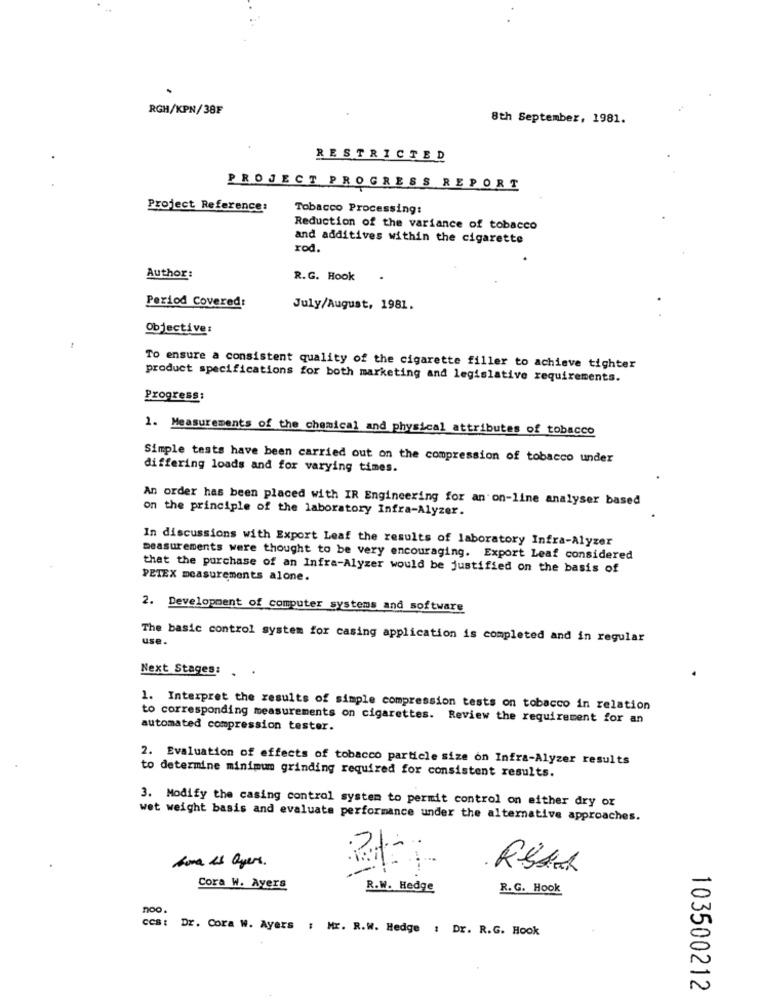
RGH/KPN/38F
8th September, 1981.
RESTRICTED
PROJECT PROGRESS REPORT
Project Reference:
Tobacco Processing:
Reduction of the variance of tobacco
and additives within the cigarette
rod.
Author:
R.G. Hook .
Period Covered:
July/August, 1981.
Objective:
To ensure a consistent quality of the cigarette filler to achieve tighter
product specifications for both marketing and legislative requirements.
Progress:
1. Measurements of the chemical and physical attributes of tobacco
Simple tests have been carried out on the compression of tobacco under
differing loads and for varying times.
An order has been placed with IR Engineering for an on-line analyser based
on the principle of the laboratory Infra-Alyzer.
In discussions with Export Leaf the results of laboratory Infra-Alyzer
measurements were thought to be very encouraging. Export Leaf considered
that the purchase of an Infra-Alyzer would be justified on the basis of
PETEX measurements alone.
2. Development of computer systems and software
The basic control system for casing application is completed and in regular
use.
Next Stages: .
1. Interpret the results of simple compression tests on tobacco in relation
to corresponding measurements on cigarettes. Review the requirement for an
automated compression tester.
2. Evaluation of effects of tobacco particle size on Infra-Alyzer results
to determine minimum grinding required for consistent results.
3. Modify the casing control system to permit control on either dry or
wet weight basis and evaluate performance under the alternative approaches.
here is ayers.
Cora W. Ayers
R.W. Hedge
R. G. Hook
ccs: Dr. Cora W. Ayers : Mr. R.W. Hedge : Dr. R.G. Hook
103500212